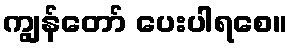
ကျွန်တော် ပေးပါရစေ။